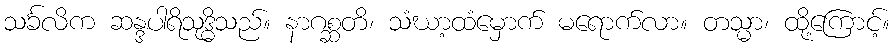
သင်္ခလိက ဆန္ဒပါရိသုဒ္ဓိသည်။ နာဂစ္ဆတိ၊ သံဃာ့ထံမှောက် မရောက်လာ။ တသ္မာ၊ ထို့ကြောင့်။